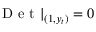
\mathrm { ~ D ~ e ~ t ~ } | _ { ( 1 , y _ { t } ) } = 0